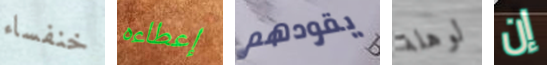
خنفساء إعطاءه يقودهم لوهلة إن